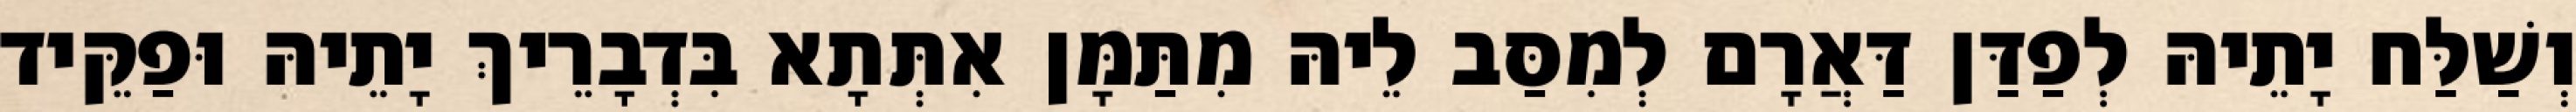
וְשַׁלַּח יָתֵיהּ לְפַדַּן דַּאֲרָם לְמִסַּב לֵיהּ מִתַּמָּן אִתְּתָא בִּדְבָרֵיךְ יָתֵיהּ וּפַקֵּיד